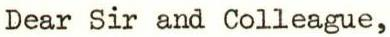
Dear Sir and Colleague,